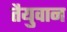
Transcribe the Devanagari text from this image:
तैयुवान